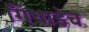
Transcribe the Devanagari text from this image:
गिधाडेच